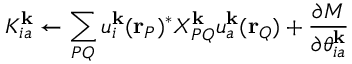
K _ { i a } ^ { \mathbf { k } } \leftarrow \sum _ { P Q } u _ { i } ^ { \mathbf { k } } ( \mathbf { r } _ { P } ) ^ { * } X _ { P Q } ^ { \mathbf { k } } u _ { a } ^ { \mathbf { k } } ( \mathbf { r } _ { Q } ) + \frac { \partial M } { \partial \theta _ { i a } ^ { \mathbf { k } } }